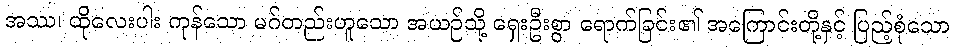
အဿ၊ ထိုလေးပါး ကုန်သော မဂ်တည်းဟူသော အယဉ်သို့ ရှေးဦးစွာ ရောက်ခြင်း၏ အကြောင်းတို့နှင့် ပြည့်စုံသော